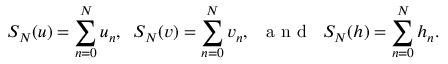
S _ { N } ( u ) = \sum _ { n = 0 } ^ { N } u _ { n } , \; \; S _ { N } ( v ) = \sum _ { n = 0 } ^ { N } v _ { n } , \; \; \mathrm { ~ a ~ n ~ d ~ } \; \; S _ { N } ( h ) = \sum _ { n = 0 } ^ { N } h _ { n } .